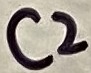
Text: C2